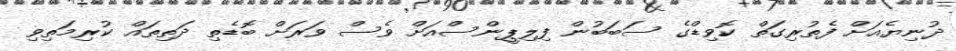
ދުނިޔެއަށް ފެތުރިގަތް ކޮވިޑްގެ ސަބަބުން ފިލިޕީންސްއަށް ވެސް ވަރަށް ބޮޑެތި ދަތިތައް ކުރިމަތިވި